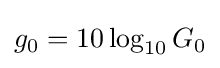
g_{0}=10\log _{10}G_{0}